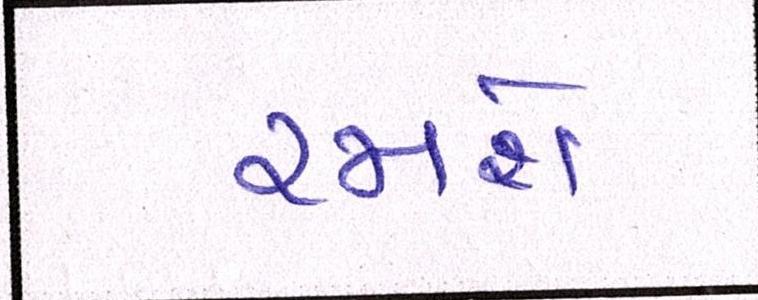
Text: રમશે